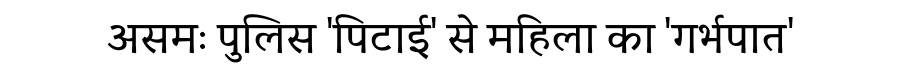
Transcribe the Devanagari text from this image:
असमः पुलिस 'पिटाई' से महिला का 'गर्भपात'